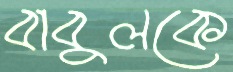
বাবুলকে